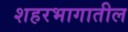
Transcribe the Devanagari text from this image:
शहरभागातील